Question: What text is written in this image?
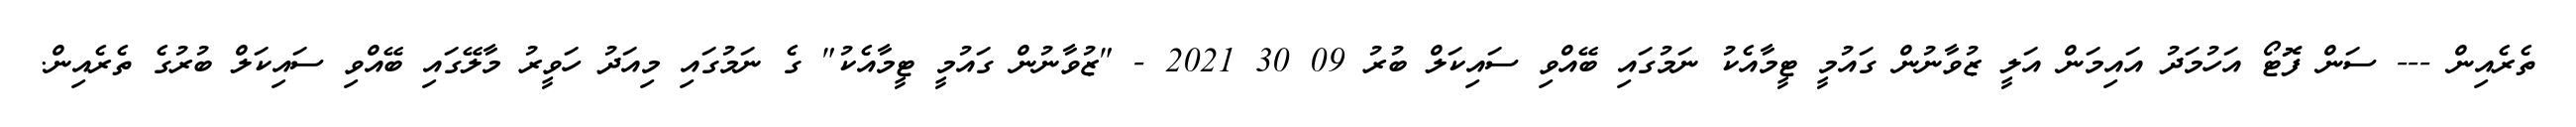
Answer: ތެރެއިން --- ސަން ފޮޓޯ އަހުމަދު އައިމަން އަލީ ޒުވާނުން ގައުމީ ޓީމާއެކު ނަމުގައި ބޭއްވި ސައިކަލް ބުރު 09 30 2021 - "ޒުވާނުން ގައުމީ ޓީމާއެކު" ގެ ނަމުގައި މިއަދު ހަވީރު މާލޭގައި ބޭއްވި ސައިކަލް ބުރުގެ ތެރެއިން.